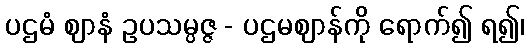
ပဌမံ ဈာနံ ဥပသမ္ပဇ္ဇ - ပဌမဈာန်ကို ရောက်၍ ရ၍၊